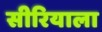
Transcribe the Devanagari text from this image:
सीरियाला